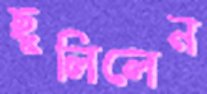
ছুলিলেন